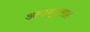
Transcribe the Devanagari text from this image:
अमानुल्लाह